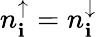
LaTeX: n_{\mathbf{i}}^{\uparrow}=n_{\mathbf{i}}^{\downarrow}